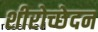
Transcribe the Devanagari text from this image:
शीरोच्छेदन